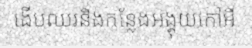
ងើបឈរនិងកន្លែងអង្គុយកៅអី